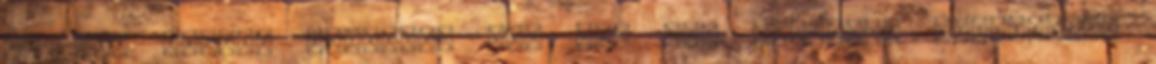
ki nem fejlet alienre, nem hat egy királynő feromonja,